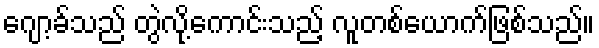
ဂျော့ခ်သည် တွဲလို့ကောင်းသည့် လူတစ်ယောက်ဖြစ်သည်။